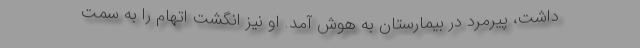
داشت، پیرمرد در بیمارستان به هوش آمد. او نیز انگشت اتهام را به سمت